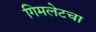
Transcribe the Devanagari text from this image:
गिमलेटचा